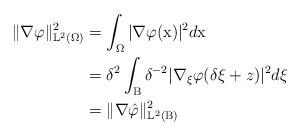
LaTeX: \begin{align*}\Vert \nabla\varphi \Vert^2_{\mathbb{L}^2(\Omega)} &= \int_{\Omega}|\nabla\varphi(\mathrm{x})|^2 d\mathrm{x}\\ &= \delta^2 \int_{\mathrm{B}}\delta^{-2}|\nabla_{\xi}\varphi(\delta \xi + z)|^2 d\xi\\ &= \Vert \nabla \hat{\varphi} \Vert^2_{\mathbb{L}^2(\mathrm{B})}\end{align*}